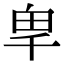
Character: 𭅡